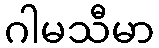
ဂါမသီမာ